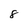
Character: 8